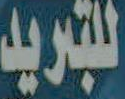
للتبريد